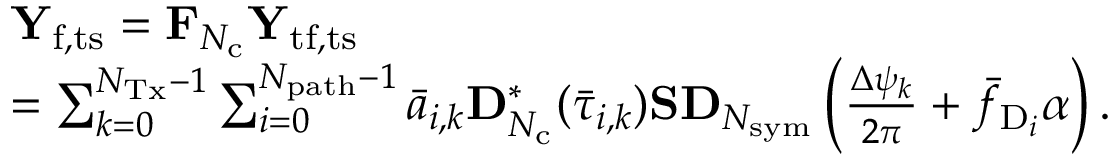
\begin{array} { r l } & { \mathbf { Y } _ { \mathrm { f , t s } } = \mathbf { F } _ { N _ { \mathrm { c } } } \mathbf { Y } _ { \mathrm { t f , t s } } } \\ & { = \sum _ { k = 0 } ^ { N _ { \mathrm { T x } } - 1 } \sum _ { i = 0 } ^ { N _ { \mathrm { p a t h } } - 1 } \bar { a } _ { i , k } \mathbf { D } _ { N _ { \mathrm { c } } } ^ { * } ( \bar { \tau } _ { i , k } ) \mathbf { S } \mathbf { D } _ { N _ { \mathrm { s y m } } } \left( \frac { \Delta \psi _ { k } } { 2 \pi } + \bar { f } _ { \mathrm { D } _ { i } } \alpha \right) . } \end{array}